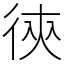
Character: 㣣